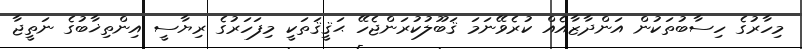
މިހާރުގެ ހިސާބުތަކުން އަންދާޒާއެއް ކުރެވޭނަމަ ޤަބޫލުކުރަންޖެހޭ ޙަޤީޤަތަކީ މިފަހަރުގެ ރިޔާސީ އިންތިޚާބުގެ ނަތީޖާ